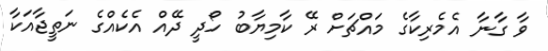
ވާ ގާނާ އެމެރިކާގެ މައްޗަށް ރޭ ކާމިޔާބު ހޯދީ ދޭއް އެކެއްގެ ނަތީޖާއަކާ